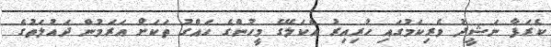
ކެރަފާ ނަޝީދު ވެރިކަމުގައި ހުރިއިރު އެކަލޭގެ މީހުންގެ ހައްގު ތަކަށް އަރަމުން ދައުލަތުގެ